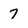
Character: 7